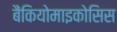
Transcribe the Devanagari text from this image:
बैंकियोमाइकोसिस